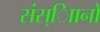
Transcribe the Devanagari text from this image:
संस्ािानों